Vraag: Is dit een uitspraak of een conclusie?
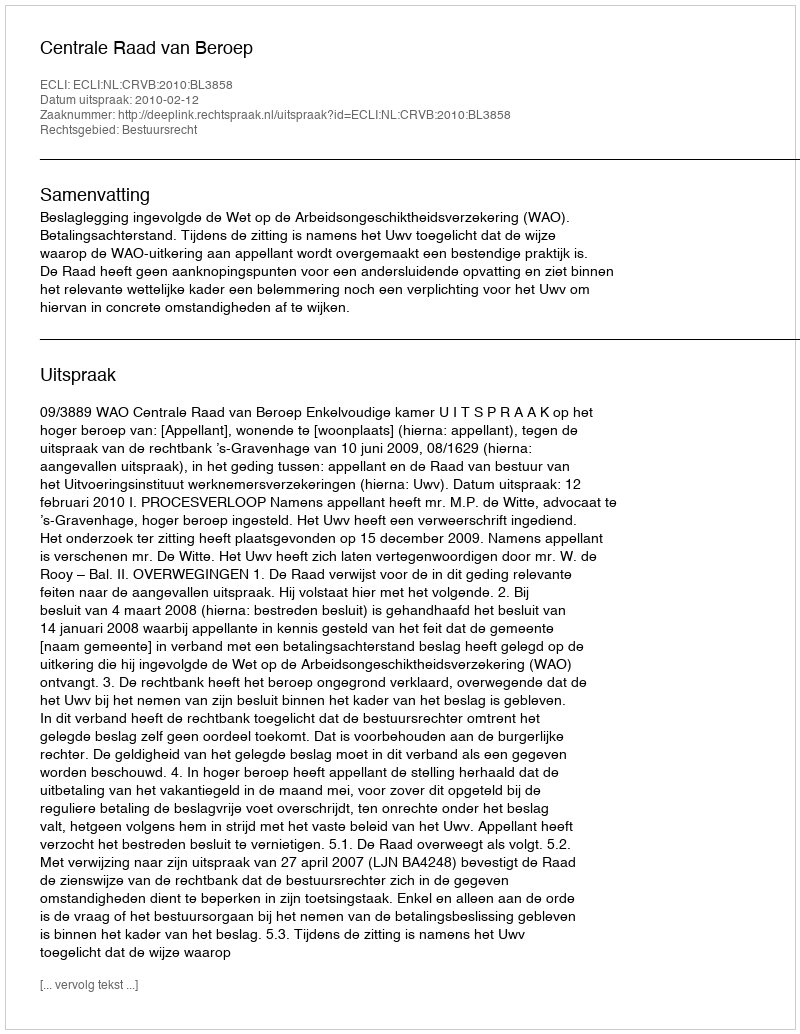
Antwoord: Uitspraak